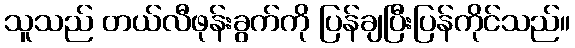
သူသည် တယ်လီဖုန်းခွက်ကို ပြန်ချပြီးပြန်ကိုင်သည်။